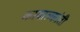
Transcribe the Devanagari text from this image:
कावाल्कांती